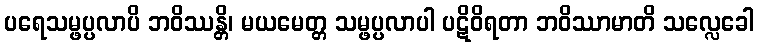
ပရေသမ္ဖပ္ပလာပိ ဘဝိဿန္တိ၊ မယမေတ္တ သမ္ဖပ္ပလာပါ ပဋိဝိရတာ ဘဝိဿာမာတိ သလ္လေခေါ